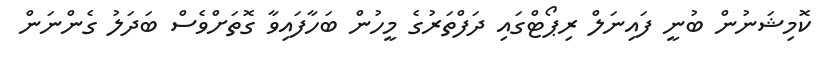
ކޮމިޝަނުން ބުނީ ފައިނަލް ރިޕޯޓްގައި ދަފްތަރުގެ މީހުން ބަހާފައިވާ ގޮތަށްވެސް ބަދަލު ގެންނަން